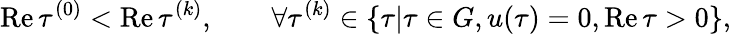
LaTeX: \mathrm{Re}\, \tau^{(0)}<\mathrm{Re}\, \tau^{(k)},\qquad\forall\tau^{(k)}\in\{ \tau|\tau\in G,u(\tau)=0,\mathrm{Re}\, \tau>0\} ,